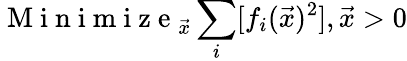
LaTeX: \mathrm{~M~i~n~i~m~i~z~e~}_{\vec{x}}\sum_{i}[f_{i}(\vec{x})^{2}],\vec{x}>0